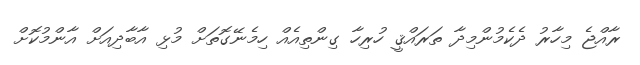
ރާއްޖެ މިހާރު ދެކެމުންމިދާ ތަރައްޤީ ހުރިހާ ގިންތިއެއް ހިމެނޭގޮތަށް މުޅި އާބާދިއަށް އާންމުކޮށް